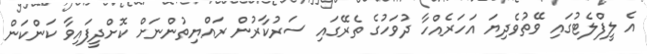
އެ ލީފްލެޓުގައި ވޭތުވެދިޔަ އަހަރެއްހާ ދުވަހުގެ ތެރޭގައި ސަރުކާރުން ރައްޔިތުންނަށް ކޮށްދީފައިވާ ކަންކަން